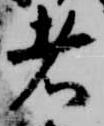
者